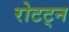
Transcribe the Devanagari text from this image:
रोटट्न